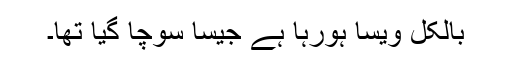
بالکل ویسا ہورہا ہے جیسا سوچا گیا تھا۔